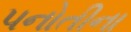
પનોતીના